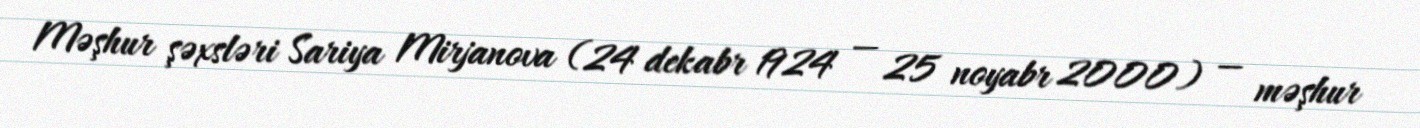
Məşhur şəxsləri Sariya Mirjanova (24 dekabr 1924 — 25 noyabr 2000) — məşhur